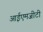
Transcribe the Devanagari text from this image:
आईएमजीटी